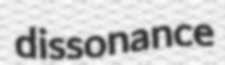
dissonance